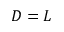
D = L